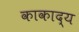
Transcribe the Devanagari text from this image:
काकाद्य